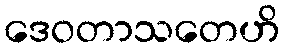
ဒေဝတာသတေဟိ